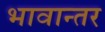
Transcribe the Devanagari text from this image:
भावान्तर